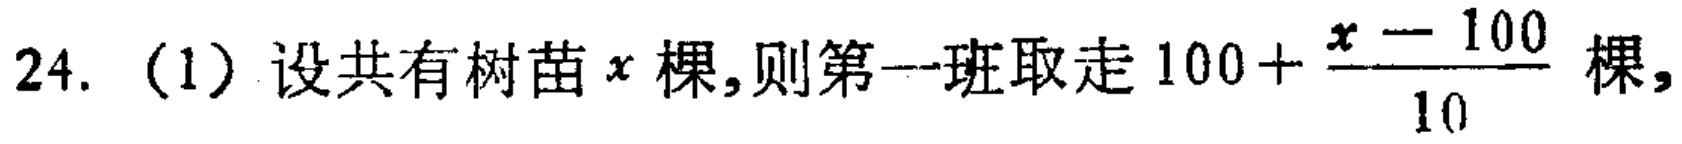
24. (1) 设共有树苗\(x\)棵,则第一班取走\(100+\frac{x - 100}{10}\)棵,